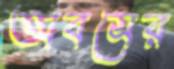
অবসের